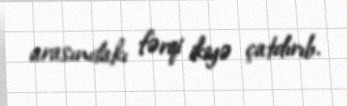
arasındakı fərqi ikiyə çatdırıb.